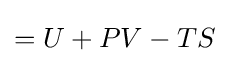
=U+PV-TS